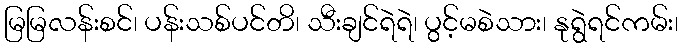
မြမြလန်းစင်၊ ပန်းသစ်ပင်တိ၊ သီးချင်ရဲရဲ၊ ပွင့်မစဲသား၊ နုရွဲရင်ကမ်း၊